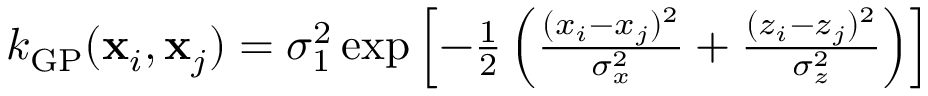
\begin{array} { r } { k _ { \mathrm { G P } } ( { \bf x } _ { i } , { \bf x } _ { j } ) = \sigma _ { 1 } ^ { 2 } \exp \left[ - \frac { 1 } { 2 } \left( \frac { ( x _ { i } - x _ { j } ) ^ { 2 } } { \sigma _ { x } ^ { 2 } } + \frac { ( z _ { i } - z _ { j } ) ^ { 2 } } { \sigma _ { z } ^ { 2 } } \right) \right] } \end{array}